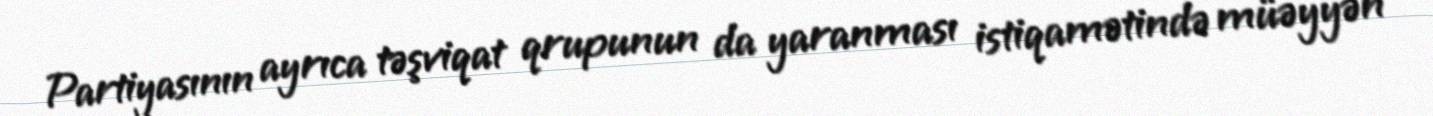
Partiyasının ayrıca təşviqat qrupunun da yaranması istiqamətində müəyyən